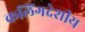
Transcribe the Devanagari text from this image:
कलिंगदेशीय